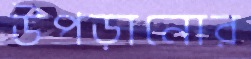
উপড়ানোর